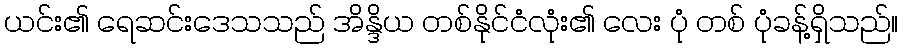
ယင်း၏ ရေဆင်းဒေသသည် အိန္ဒိယ တစ်နိုင်ငံလုံး၏ လေး ပုံ တစ် ပုံခန့်ရှိသည်။